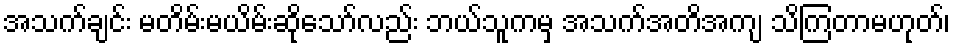
အသက်ချင်း မတိမ်းမယိမ်းဆိုသော်လည်း ဘယ်သူကမှ အသက်အတိအကျ သိကြတာမဟုတ်၊